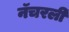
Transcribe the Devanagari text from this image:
नॅचरली